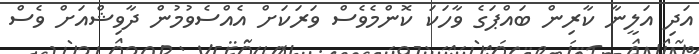
އަދި އަލީނާ ކާރިން ބައްޕަގެ ވާހަކަ ކޮންމެވެސް ވަރަކަށް އެއްސެވުމުން ދާވިޝްއަށް ވެސް